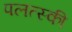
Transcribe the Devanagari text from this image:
पलत्स्की